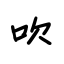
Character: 吹